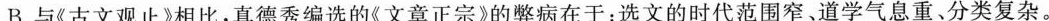
B.与《古文观止》相比，真德秀编选的《文章正宗》的弊病在于：选文的时代范围窄。道学气息重。分类复杂。